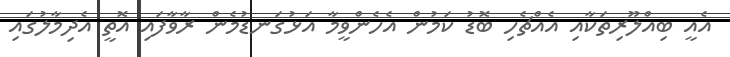
އެއީ ބިއްލޫރިތަކާއި އެއްޗެހި ބޮޑު ކަމުން އެހެންވީމާ އަޅުގަނޑުމެން ރާވާފައި އޮތީ އެދިމާލުގައި